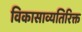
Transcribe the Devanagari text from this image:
विकासाव्यतिरिक्त